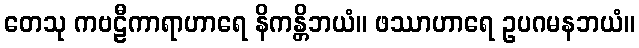
တေသု ကဗဠီကာရာဟာရေ နိကန္တိဘယံ။ ဖဿာဟာရေ ဥပဂမနဘယံ။